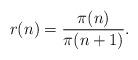
LaTeX: \begin{align*} r(n)=\frac{\pi(n)}{\pi(n+1)}.\end{align*}